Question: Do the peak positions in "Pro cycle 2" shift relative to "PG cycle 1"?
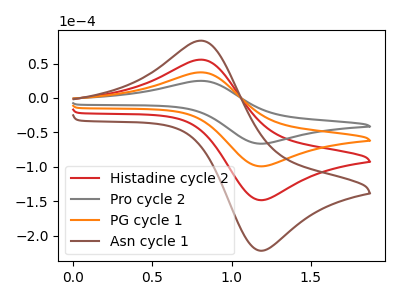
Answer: <think>The red curve "Histadine cycle 2" has an anodic peak at (0.80V, 74.60uA) and a cathodic peak at (1.15V, -198.15uA). The gray curve "Pro cycle 2" has an anodic peak at (0.80V, 24.95uA) and a cathodic peak at (1.15V, -66.25uA). The orange curve "PG cycle 1" has an anodic peak at (0.80V, 37.30uA) and a cathodic peak at (1.15V, -99.05uA). The brown curve "Asn cycle 1" has an anodic peak at (0.80V, 111.90uA) and a cathodic peak at (1.15V, -297.20uA).
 All the peaks in "Pro cycle 2" have a peak in "PG cycle 1" at the same potential. Every peak in "Pro cycle 2" is lower than every peak in "PG cycle 1".</think>
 <answer>No, "Pro cycle 2" and "PG cycle 1" don't appear to be significantly different in shape</answer>
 <eval>no_change</eval>